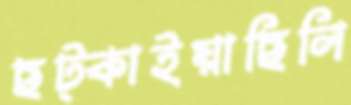
ছট্‌কাইয়াছিলি